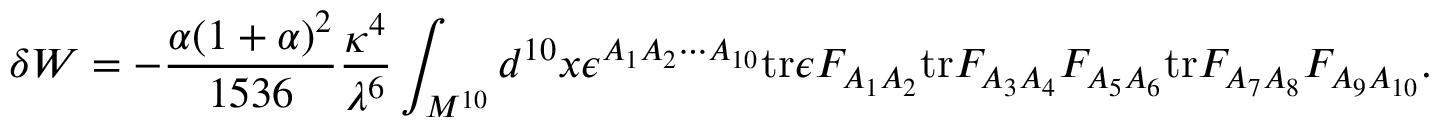
\delta W = - { \frac { \alpha ( 1 + \alpha ) ^ { 2 } } { 1 5 3 6 } } { \frac { \kappa ^ { 4 } } { \lambda ^ { 6 } } } \int _ { M ^ { 1 0 } } d ^ { 1 0 } x \epsilon ^ { A _ { 1 } A _ { 2 } \cdots A _ { 1 0 } } \mathrm { t r } \epsilon F _ { A _ { 1 } A _ { 2 } } \mathrm { t r } F _ { A _ { 3 } A _ { 4 } } F _ { A _ { 5 } A _ { 6 } } \mathrm { t r } F _ { A _ { 7 } A _ { 8 } } F _ { A _ { 9 } A _ { 1 0 } } .